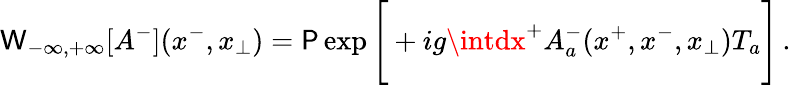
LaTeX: {\cal\mathsf{W}}_{-\infty,+\infty}[A^{-}](x^{-},x_{\perp})={\cal\mathsf{P}}\exp\Bigg[+ig\intdx^{+}A_{a}^{-}(x^{+},x^{-},x_{\perp})T_{a}\Bigg]\, .